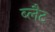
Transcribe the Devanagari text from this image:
ब्लैट